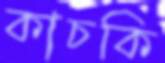
কাচকি